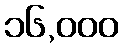
၁၆,၀၀၀